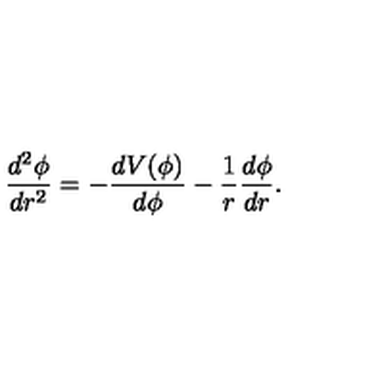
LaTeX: \frac { d ^ { 2 } \phi } { d r ^ { 2 } } = - \frac { d V ( \phi ) } { d \phi } - \frac { 1 } { r } \frac { d \phi } { d r } .